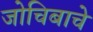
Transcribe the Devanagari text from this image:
जोचिबाचे